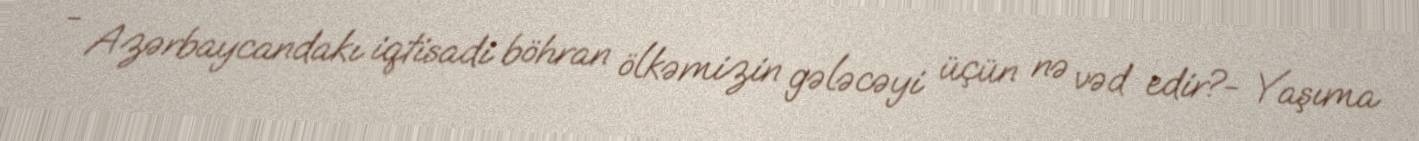
- Azərbaycandakı iqtisadi böhran ölkəmizin gələcəyi üçün nə vəd edir?- Yaşıma